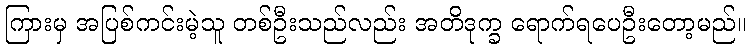
ကြားမှ အပြစ်ကင်းမဲ့သူ တစ်ဦးသည်လည်း အတိဒုက္ခ ရောက်ရပေဦးတော့မည်။